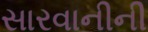
સારવાનીની